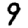
Digit: 9